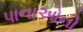
પાનાઓનો